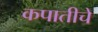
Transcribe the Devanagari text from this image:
कपातीचे